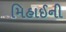
મિહાઈની